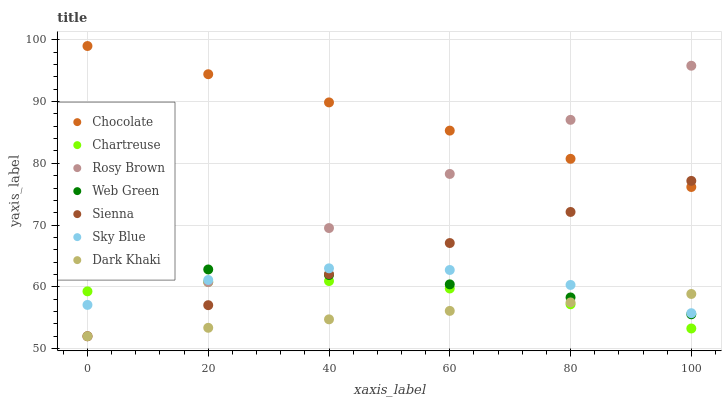
| xaxis_label | Chocolate | Chartreuse | Rosy Brown | Web Green | Sienna | Sky Blue | Dark Khaki |
 | --- | --- | --- | --- | --- | --- | --- | --- |
 | 0 | 99 | 59.3 | 52 | 63.1 | 52 | 57.1 | 52 |
 | 20 | 94.4 | 60.8 | 60.8 | 62.8 | 57 | 61.1 | 53.4 |
 | 40 | 89.9 | 60.9 | 69.5 | 61.9 | 62.1 | 63 | 54.7 |
 | 60 | 85.3 | 59.7 | 78.3 | 60.4 | 67.1 | 62.7 | 56.1 |
 | 80 | 80.7 | 57.2 | 87 | 58.3 | 72.1 | 60.3 | 57.5 |
 | 100 | 76.2 | 53.3 | 95.8 | 55.6 | 77.2 | 55.7 | 58.8 |